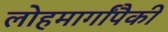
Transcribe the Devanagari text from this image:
लोहमार्गांपैकी